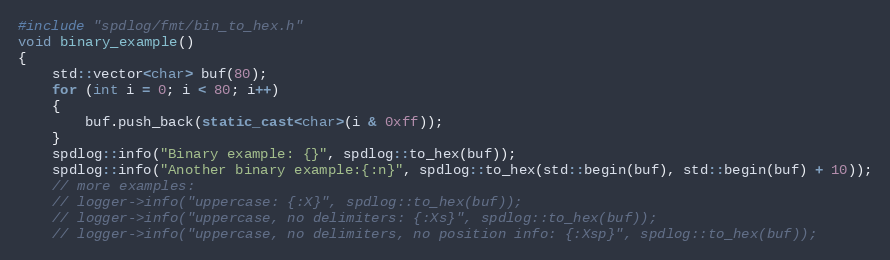
Language: C++
#include "spdlog/fmt/bin_to_hex.h"
void binary_example()
{
    std::vector<char> buf(80);
    for (int i = 0; i < 80; i++)
    {
        buf.push_back(static_cast<char>(i & 0xff));
    }
    spdlog::info("Binary example: {}", spdlog::to_hex(buf));
    spdlog::info("Another binary example:{:n}", spdlog::to_hex(std::begin(buf), std::begin(buf) + 10));
    // more examples:
    // logger->info("uppercase: {:X}", spdlog::to_hex(buf));
    // logger->info("uppercase, no delimiters: {:Xs}", spdlog::to_hex(buf));
    // logger->info("uppercase, no delimiters, no position info: {:Xsp}", spdlog::to_hex(buf));